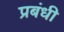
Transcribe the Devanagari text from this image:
प्रबंधी